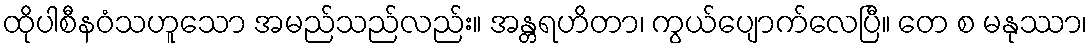
ထိုပါစီနဝံသဟူသော အမည်သည်လည်း။ အန္တရဟိတာ၊ ကွယ်ပျောက်လေပြီ။ တေ စ မနုဿာ၊